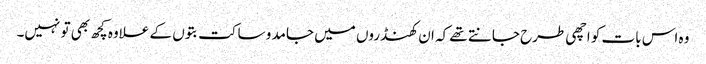
وہ اس بات کو اچھی طرح جانتے تھے کہ ان کھنڈروں میں جامد و ساکت بتوں کے علاوہ کچھ بھی تو نہیں۔